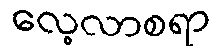
လေ့လာစရာ